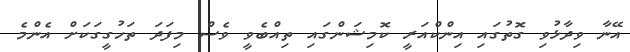
އޭނާ ވިދާޅުވި ގޮތުގައި އިންކްއަރީ ކޮމިޝަންގައި ތިއްބެވީ ވެސް މިފަދަ ތަހުގީގަކަށް އެންމެ